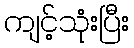
ကျင့်သုံးပြီး